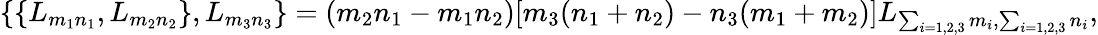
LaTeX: \begin{array}{lcr}{{\{ \{ L_{m_{1}n_{1}},L_{m_{2}n_{2}}\} ,L_{m_{3}n_{3}}\} =(m_{2}n_{1}-m_{1}n_{2})[m_{3}(n_{1}+n_{2})-n_{3}(m_{1}+m_{2})]L_{\sum_{i=1,2,3}m_{i},\sum_{i=1,2,3}n_{i}},}}\end{array}